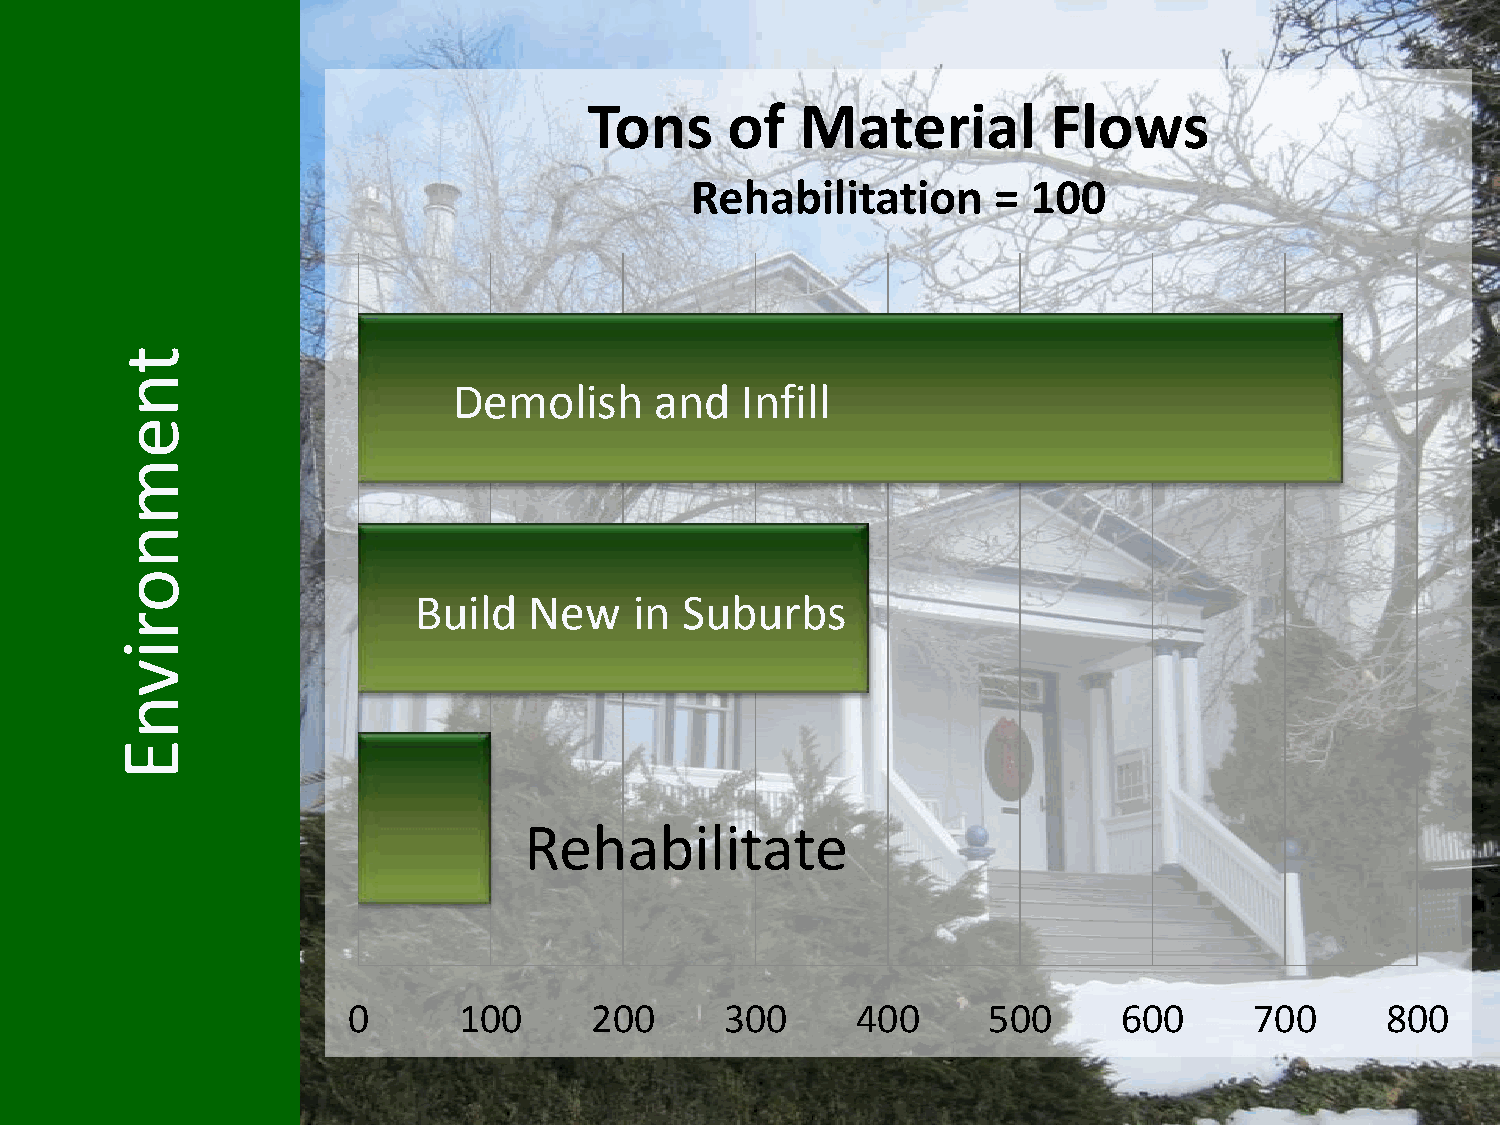
Tons     of   Material         Flows
 Rehabilitation      = 100
 t
 n
 Demolish     and   Infill
 e
 m
 n
 o
 Build   New    in Suburbs
 r
 i
 v
 n
 E
 Rehabilitate
 0      100      200      300      400     500      600      700      800